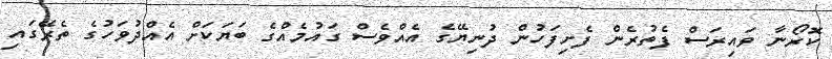
ކޮރޯނާ ވައިރަސް ފެތުރެން ފެށިފަހުން ދުނިޔޭގެ އެއްވެސް ގައުމެއްގެ ބަޔަކަށް އެއްދުވަހުގެ ތެރޭގައި